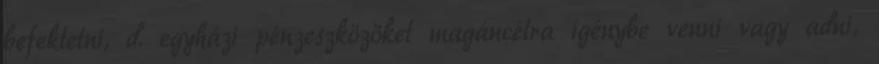
befektetni, d. egyházi pénzeszközöket magáncélra igénybe venni vagy adni,